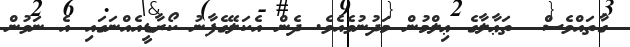
ގާތައްވެސް  ތަޢާލާގެ ޢިލްމުން މަދުނުވެއެވެ. ދެން އެކަލޭގެފާނު ކޯރާޑީއެއްނަގައި އެ ނަވުން